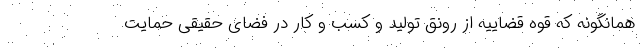
همانگونه که قوه قضاییه از رونق تولید و کسب و کار در فضای حقیقی حمایت